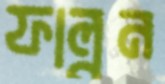
ফাল্গুন